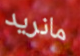
مانريد